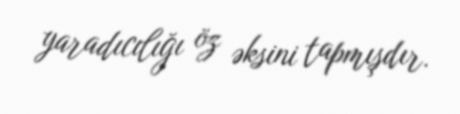
yaradıcılığı öz əksini tapmışdır.